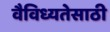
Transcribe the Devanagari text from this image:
वैविध्यतेसाठी